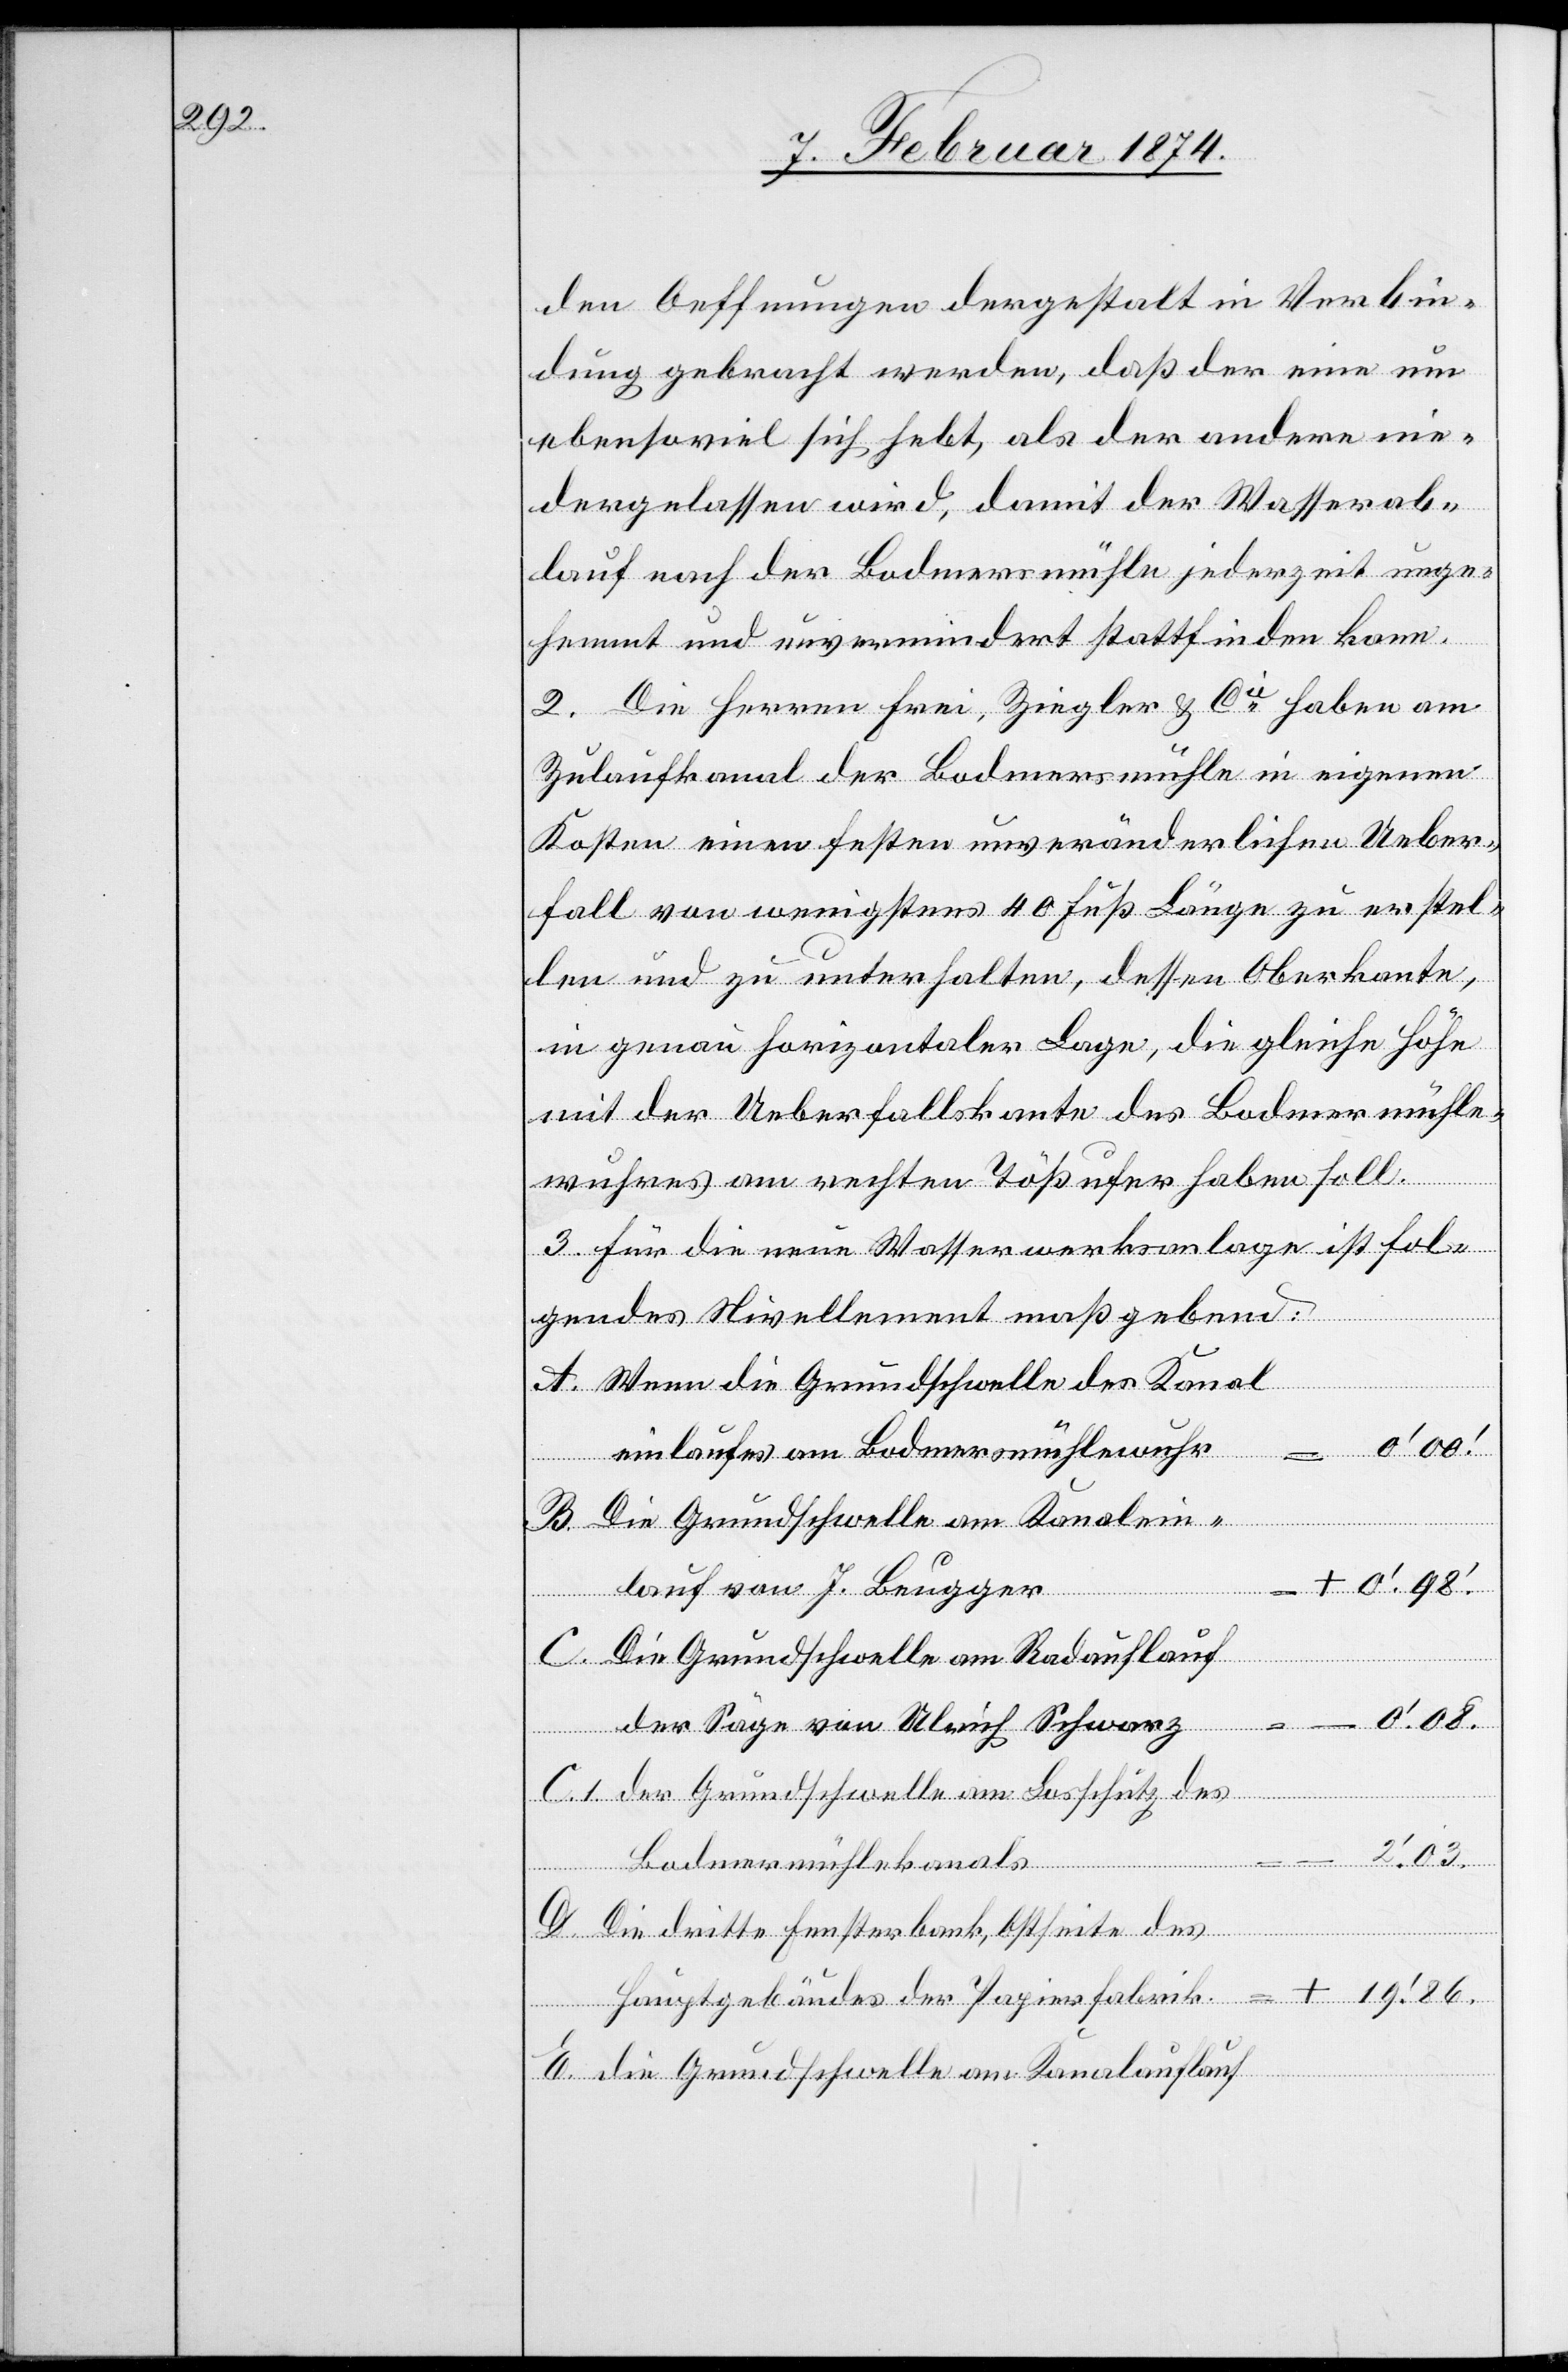
den Oeffnungen dergestalt in Verbin¬
dung gebracht werden, daß der eine um
ebensoviel sich hebt, als der andere nie¬
dergelassen wird, damit der Wasserab¬
lauf nach der Bodmermühle jederzeit unge¬
hemmt und unvermindert stattfinden kann.
2. Die Herren Frei, Ziegler u. Cie haben am
Zulaufkanal der Bodmersmühle in eigenen
Kosten einen festen unveränderlichen Ueber¬
fall von wenigstens 40 Fuß Länge zu erstel¬
len und zu unterhalten, dessen Oberkante,
in genau horizontaler Lage, die gleiche Höhe
mit der Ueberfallskante des Bodmermühle¬
wuhres am rechten Tößufer haben soll.
3. Für die neue Wasserwerksanlage ist fol¬
gendes Nivellement maßgebend:
A.
Wenn die Grundschwelle des Kanal¬
einlaufes am Bodmermühlenwuhr
Die Grundschwelle am Kanalein¬
+ 0‘.98‘.
lauf von J. Beugger
Die Grundschwelle am Radauflauf
der Säge von Ulrich Schwarz
Der Grundschwelle im Losschütz des
Hauptgebäudes der
Bodmermühlekanals.
Die dritte Fensterbank, Ostseite des
E.
Die Grundschwelle am Kanalauflauf